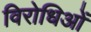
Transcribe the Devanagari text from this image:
विरोधिओं